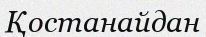
Қостанайдан